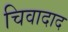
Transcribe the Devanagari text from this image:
चिवादाद